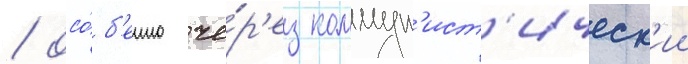
/ осо́б'енно че́р'ез коммун'ист'ическ'ии